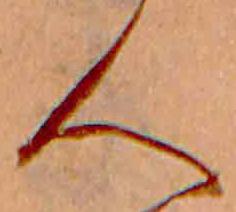
人